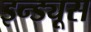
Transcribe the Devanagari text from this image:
इन्ड्यूस